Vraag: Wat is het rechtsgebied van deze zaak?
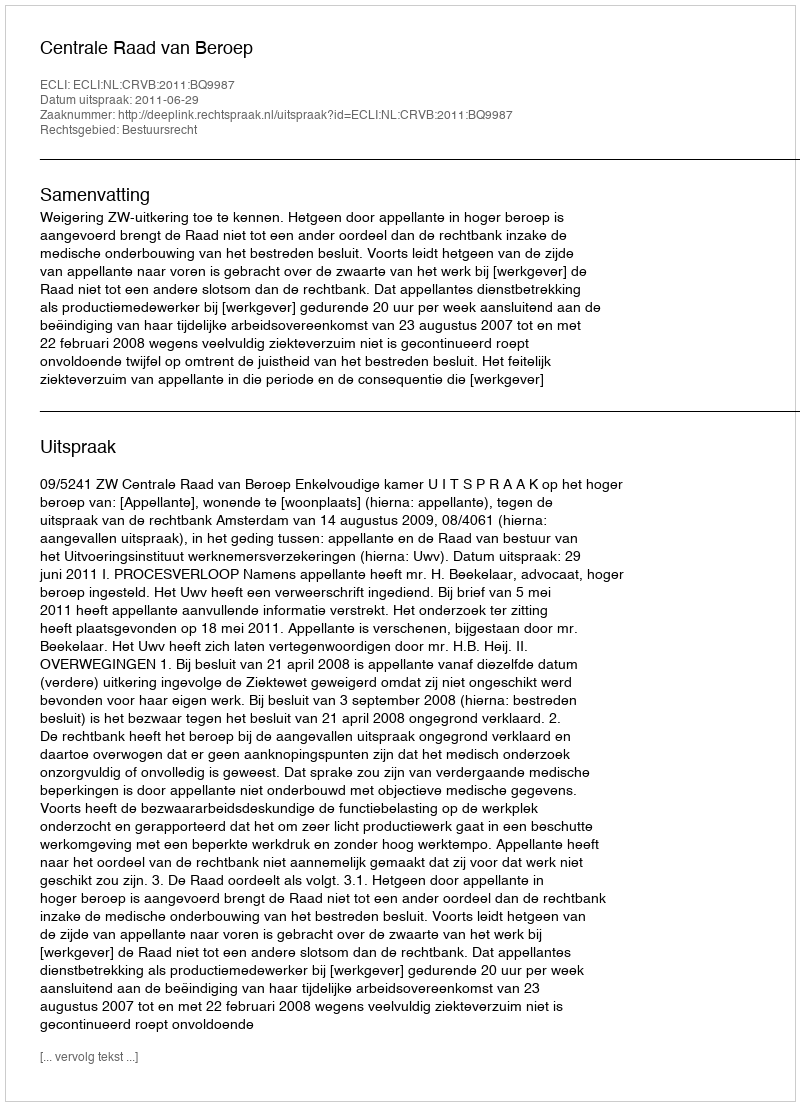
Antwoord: Bestuursrecht